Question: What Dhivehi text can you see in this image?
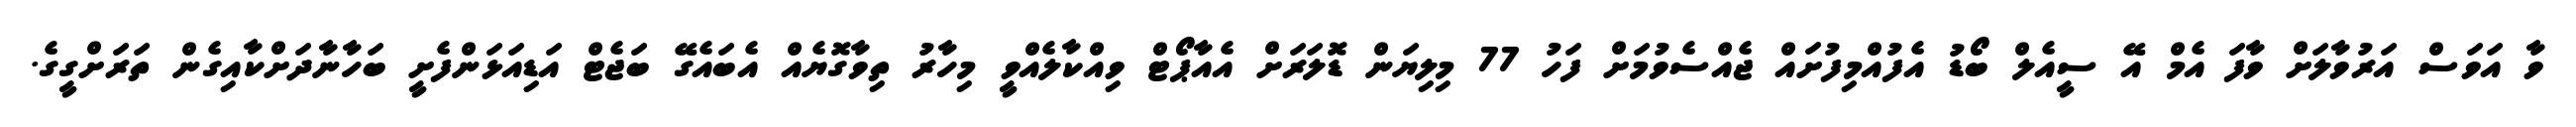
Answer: ވާ އަވަސް އަރުވާލަށް ވާފަ އެމް އޭ ސީއެލް ބޯޑު އެފުއްމިފުށައް ޖެއްސެވުމަށް ފަހު 77 މިލިޔަން ޑޮލަރަށް އެއާޕޯޓް ވިއްކާލެއްވީ މިހާރު ތިވާގޮޔެއް އެބައެގޭ ބަޖެޓް އަޑިއަޅަންފެށީ ބަހާނާދަށްކާއިގެން ތަރަށްގީގެ.